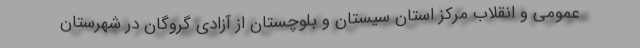
عمومی و انقلاب مرکز استان سیستان و بلوچستان از آزادی گروگان در شهرستان